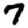
Digit: 7